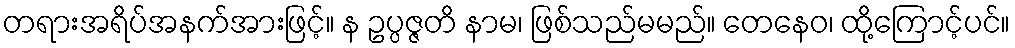
တရားအရိပ်အနက်အားဖြင့်။ န ဥပ္ပဇ္ဇတိ နာမ၊ ဖြစ်သည်မမည်။ တေနေဝ၊ ထို့ကြောင့်ပင်။